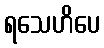
ရသေဟိပေ